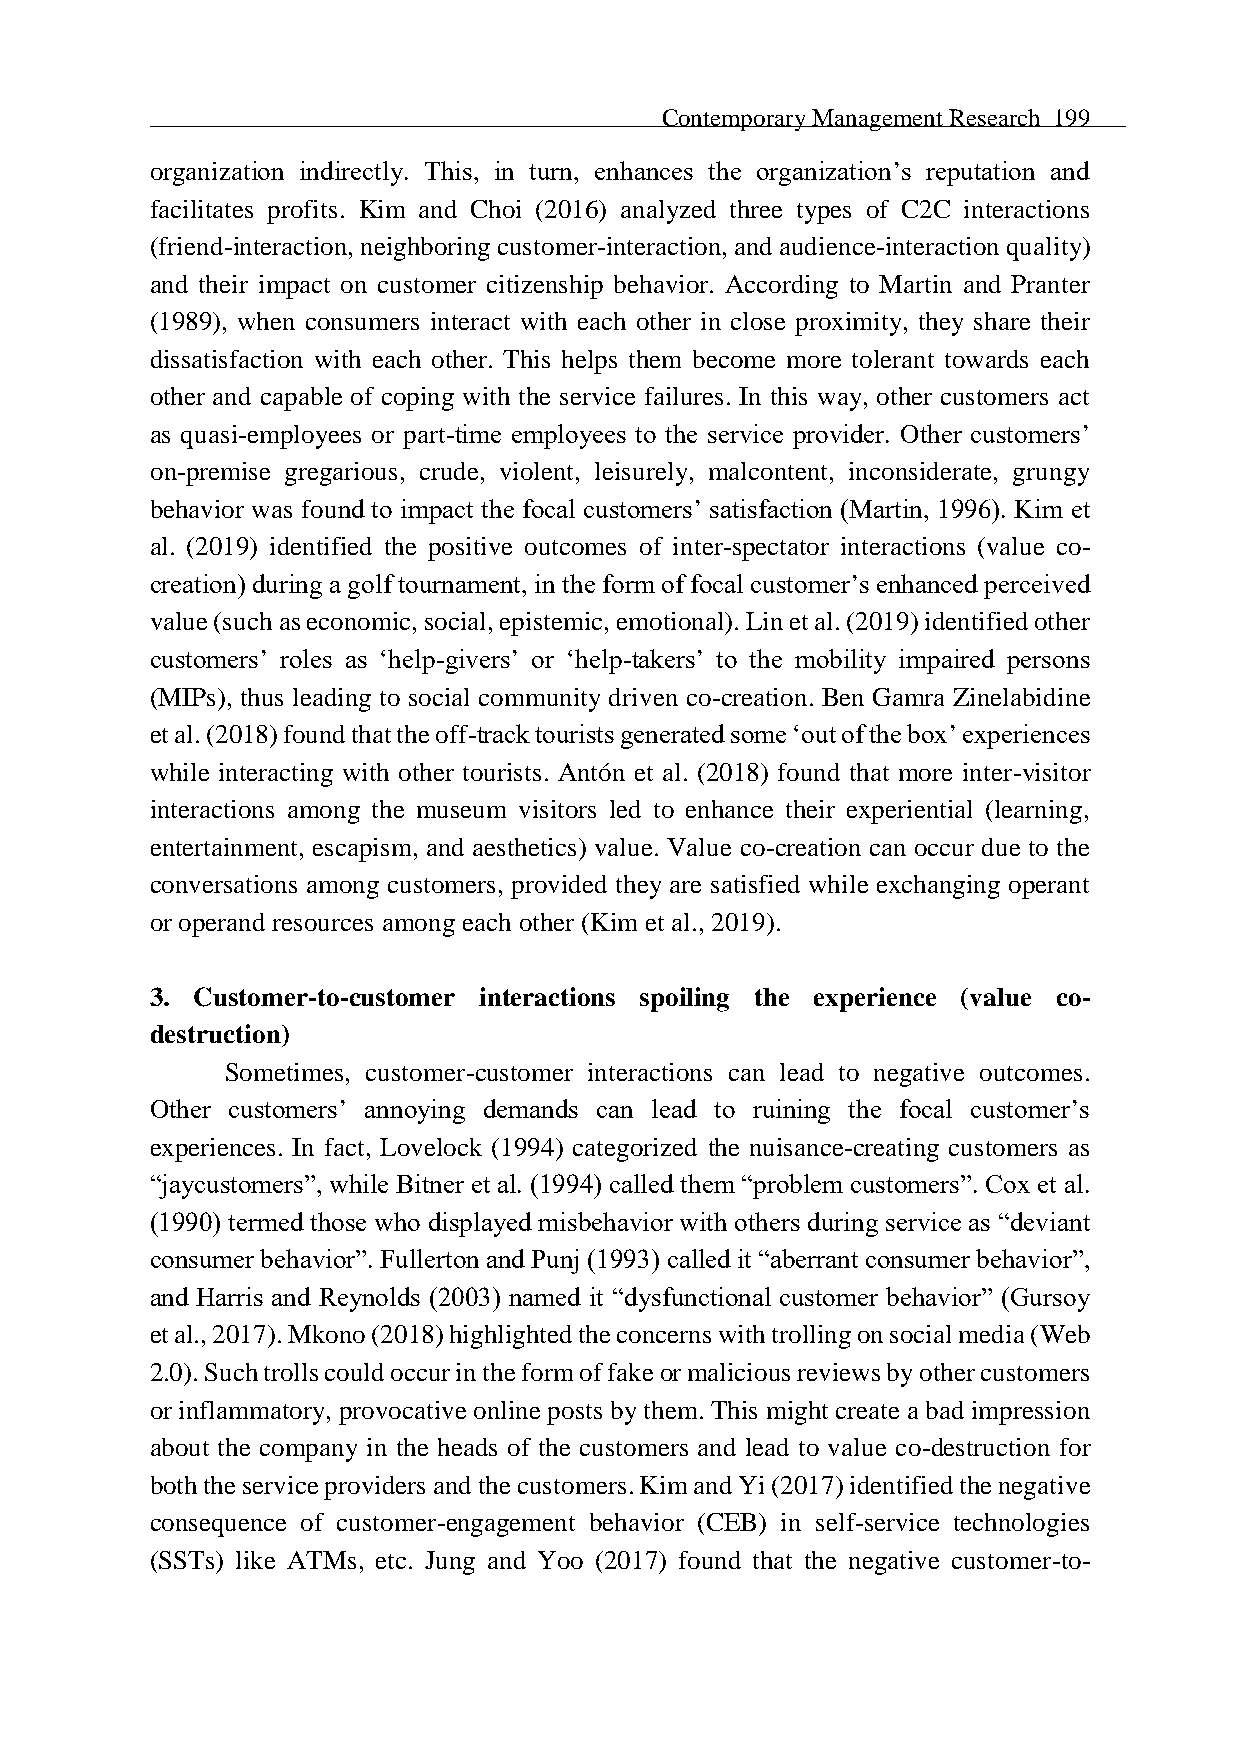
Contemporary Management Research 199
 organization indirectly. This, in turn, enhances the organization’s reputation and
 facilitates profits. Kim and Choi (2016) analyzed three types of C2C interactions
 (friend-interaction, neighboring customer-interaction, and audience-interaction quality)
 and their impact on customer citizenship behavior. According to Martin and Pranter
 (1989), when consumers interact with each other in close proximity, they share their
 dissatisfaction with each other. This helps them become more tolerant towards each
 other and capable of coping with the service failures. In this way, other customers act
 as quasi-employees or part-time employees to the service provider. Other customers’
 on-premise gregarious, crude, violent, leisurely, malcontent, inconsiderate, grungy
 behavior was found to impact the focal customers’ satisfaction (Martin, 1996). Kim et
 al. (2019) identified the positive outcomes of inter-spectator interactions (value co-
 creation) during a golf tournament, in the form of focal customer’s enhanced perceived
 value (such as economic, social, epistemic, emotional). Lin et al. (2019) identified other
 customers’ roles as ‘help-givers’ or ‘help-takers’ to the mobility impaired persons
 (MIPs), thus leading to social community driven co-creation. Ben Gamra Zinelabidine
 et al. (2018) found that the off-track tourists generated some ‘out of the box’ experiences
 while interacting with other tourists. Antón et al. (2018) found that more inter-visitor
 interactions among the museum visitors led to enhance their experiential (learning,
 entertainment, escapism, and aesthetics) value. Value co-creation can occur due to the
 conversations among customers, provided they are satisfied while exchanging operant
 or operand resources among each other (Kim et al., 2019).
 3. Customer-to-customer interactions spoiling the experience (value co-
 destruction)
 Sometimes, customer-customer interactions can lead to negative outcomes.
 Other customers’ annoying demands can lead to ruining the focal customer’s
 experiences. In fact, Lovelock (1994) categorized the nuisance-creating customers as
 “jaycustomers”, while Bitner et al. (1994) called them “problem customers”. Cox et al.
 (1990) termed those who displayed misbehavior with others during service as “deviant
 consumer behavior”. Fullerton and Punj (1993) called it “aberrant consumer behavior”,
 and Harris and Reynolds (2003) named it “dysfunctional customer behavior” (Gursoy
 et al., 2017). Mkono (2018) highlighted the concerns with trolling on social media (Web
 2.0). Such trolls could occur in the form of fake or malicious reviews by other customers
 or inflammatory, provocative online posts by them. This might create a bad impression
 about the company in the heads of the customers and lead to value co-destruction for
 both the service providers and the customers. Kim and Yi (2017) identified the negative
 consequence of customer-engagement behavior (CEB) in self-service technologies
 (SSTs) like ATMs, etc. Jung and Yoo (2017) found that the negative customer-to-